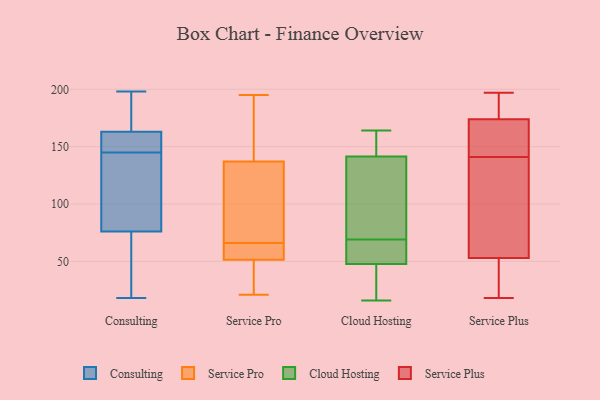
{"axis": {"x": "Net Income (USD K)", "y": "Value"}, "legend": ["Cloud Hosting", "Consulting", "Service Plus", "Service Pro"], "data": [{"x": "", "y": 76, "type": "Consulting"}, {"x": "", "y": 183, "type": "Consulting"}, {"x": "", "y": 140, "type": "Consulting"}, {"x": "", "y": 198, "type": "Consulting"}, {"x": "", "y": 53, "type": "Consulting"}, {"x": "", "y": 163, "type": "Consulting"}, {"x": "", "y": 18, "type": "Consulting"}, {"x": "", "y": 130, "type": "Consulting"}, {"x": "", "y": 150, "type": "Consulting"}, {"x": "", "y": 162, "type": "Consulting"}, {"x": "", "y": 51, "type": "Service Pro"}, {"x": "", "y": 21, "type": "Service Pro"}, {"x": "", "y": 173, "type": "Service Pro"}, {"x": "", "y": 183, "type": "Service Pro"}, {"x": "", "y": 23, "type": "Service Pro"}, {"x": "", "y": 53, "type": "Service Pro"}, {"x": "", "y": 152, "type": "Service Pro"}, {"x": "", "y": 66, "type": "Service Pro"}, {"x": "", "y": 61, "type": "Service Pro"}, {"x": "", "y": 30, "type": "Service Pro"}, {"x": "", "y": 77, "type": "Service Pro"}, {"x": "", "y": 92, "type": "Service Pro"}, {"x": "", "y": 91, "type": "Service Pro"}, {"x": "", "y": 195, "type": "Service Pro"}, {"x": "", "y": 54, "type": "Service Pro"}, {"x": "", "y": 46, "type": "Cloud Hosting"}, {"x": "", "y": 66, "type": "Cloud Hosting"}, {"x": "", "y": 79, "type": "Cloud Hosting"}, {"x": "", "y": 16, "type": "Cloud Hosting"}, {"x": "", "y": 64, "type": "Cloud Hosting"}, {"x": "", "y": 17, "type": "Cloud Hosting"}, {"x": "", "y": 164, "type": "Cloud Hosting"}, {"x": "", "y": 125, "type": "Cloud Hosting"}, {"x": "", "y": 69, "type": "Cloud Hosting"}, {"x": "", "y": 147, "type": "Cloud Hosting"}, {"x": "", "y": 41, "type": "Cloud Hosting"}, {"x": "", "y": 70, "type": "Cloud Hosting"}, {"x": "", "y": 157, "type": "Cloud Hosting"}, {"x": "", "y": 151, "type": "Cloud Hosting"}, {"x": "", "y": 53, "type": "Cloud Hosting"}, {"x": "", "y": 53, "type": "Service Plus"}, {"x": "", "y": 74, "type": "Service Plus"}, {"x": "", "y": 146, "type": "Service Plus"}, {"x": "", "y": 175, "type": "Service Plus"}, {"x": "", "y": 197, "type": "Service Plus"}, {"x": "", "y": 18, "type": "Service Plus"}, {"x": "", "y": 161, "type": "Service Plus"}, {"x": "", "y": 174, "type": "Service Plus"}, {"x": "", "y": 20, "type": "Service Plus"}, {"x": "", "y": 136, "type": "Service Plus"}]}